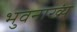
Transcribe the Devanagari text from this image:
भुवनाख्यं